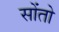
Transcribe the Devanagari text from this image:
सोंतो